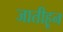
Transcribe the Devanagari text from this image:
जातीहून